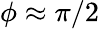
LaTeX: \phi\approx\pi/2